Report on sanitation, dispensaries, and jails in Rajputana for 1911, and on vaccination for the year 1911-1912 - 1911-1912
Year: 1911
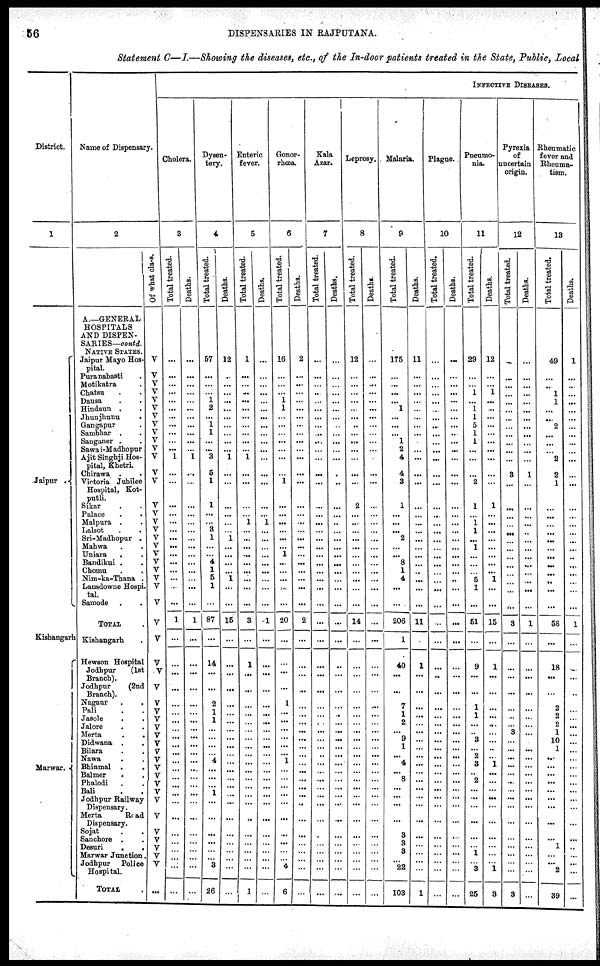
56
DISPENSARIES IN RAJPUTANA.
Statement C—I.—Showing the diseases, etc., of the In-door patients treated in the State, Public, Local
District.
1
Jaipur .
Kishangarh
Marwar.
Name of Dispensary.
2
A.—GENERAL
HOSPITALS
AND DISPEN¬
SARIES—contd.
NATIVE STATES.
Jaipur Mayo Hos-
pital.
Puranabasti .
Motikatra .
Chatsu . .
Dausa . .
Hindaun . .
Jhunjhunu .
Gangapur .
Sambhar .
.
Sanganer . .
Sawai-Madhopur
Ajit Singhji Hos-
pital, Khetri.
Chirawa . .
Victoria Jubilee
Hospital, Kot¬
putli.
Sikar . .
Palace
.
.
Malpura . .
Lalsot . .
Sri-Madhopur .
Mahwa . .
Uniara
. .
Bandikui . .
Chomu . .
Nim-ka-Thana .
Lansdowne Hospi¬
tal.
Samode .
TOTAL .
Kishangarh .
Hewson Hospital
Jodhpur
(1st
Branch).
Jodhpur
(2nd
Branch).
Nagaur . .
Pali . .
Jasole . .
Jalore
Merta
.
.
Didwana . .
Bilara
Nawa . .
Bhinmal .
.
Balmer
.
.
Phalodi . .
Bali . .
Jodhpur Railway
Dispensary.
Merta
Road
Dispensary.
Sojat
.
.
Sanchore . .
Desuri . .
Marwar Junction.
Jodhpur Police
Hospital.
TOTAL .
Of what class.
V
V
V
V
V
V
V
V
V
V
V
V
V
V
V
V
V
V
V
V
V
V
V
V
V
V
V
V
V
V
V
V
V
V
V
V
V
V
V
V
V
V
V
V
V
V
V
V
V
V
...
INFECTIVE DISEASES.
Cholera.
3
Total treated.
...
...
...
...
...
...
...
...
...
...
...
1
...
...
...
...
...
...
...
...
...
...
...
...
...
...
1
...
...
...
...
...
...
...
...
...
...
...
...
...
...
...
...
...
...
...
...
...
...
...
...
Deaths.
...
...
...
...
...
...
...
...
...
...
...
1
...
...
...
...
...
...
...
...
...
...
...
...
...
...
1
...
...
...
...
...
...
...
...
...
...
...
...
...
...
...
...
...
...
...
...
...
...
...
...
Dysen-
tery.
4
Total treated.
57
...
...
...
1
2
...
1
1
...
...
3
5
1
1
...
...
3
1
...
...
4
1
5
1
...
87
...
14
...
...
2
1
1
...
...
...
...
4
...
...
...
1
...
...
...
...
...
...
3
26
Deaths.
12
..
...
...
...
...
...
...
...
...
...
1
...
...
...
...
...
...
1
...
...
...
...
1
...
...
15
...
...
...
...
...
...
...
...
...
...
...
...
...
...
...
...
...
...
...
...
...
...
...
...
Enteric
fever.
5
Tot al treated.
1
...
...
...
...
...
...
...
...
...
...
1
...
...
...
... 1
...
...
...
...
...
...
...
...
...
3
...
1
...
...
...
...
...
...
...
...
...
...
...
...
...
...
...
...
...
...
...
...
...
1
Deaths.
...
...
...
...
...
...
...
...
...
...
...
...
...
...
...
...
1
...
...
...
...
...
...
...
...
...
1
...
...
...
...
...
...
...
...
...
...
...
...
...
...
...
...
...
...
...
...
...
...
...
...
Gonor-
rhœa.
6
Total treated.
16
...
...
...
1
1
...
...
...
...
...
...
...
1
...
...
...
...
...
...
1
...
...
...
...
...
20
...
...
...
...
1
...
...
...
...
...
...
1
...
...
...
...
...
...
...
...
...
...
4
6
Deaths.
2
...
...
...
...
...
...
...
...
...
...
...
...
...
...
...
...
...
...
...
...
...
...
...
...
...
2
...
...
...
...
...
...
...
...
...
...
...
...
...
...
...
...
...
...
...
...
...
...
...
...
Kala
Azar.
7
Total treated.
...
...
...
...
...
...
...
...
...
...
...
...
...
...
...
...
...
...
...
...
...
...
...
...
...
...
...
...
...
...
...
...
...
...
...
...
...
...
...
...
...
...
...
...
...
...
...
...
...
...
...
Deaths.
...
...
...
...
...
...
...
...
...
...
...
...
...
...
...
...
...
...
...
...
...
...
...
...
...
...
...
...
...
...
...
...
...
...
...
...
...
...
...
...
...
...
...
...
...
...
...
...
...
...
...
Leprosy.
8
Total treated.
12
...
...
...
...
...
...
...
...
...
...
...
...
...
2
...
...
...
...
...
...
...
...
...
...
...
14
...
...
...
...
...
...
...
...
...
...
...
...
...
...
...
...
...
...
...
...
...
...
...
...
Deaths.
...
...
...
...
...
...
...
...
...
...
...
...
...
...
...
...
...
...
...
...
...
...
...
...
...
...
...
...
...
...
...
...
...
...
...
...
...
...
...
...
...
...
...
...
...
...
...
...
...
...
...
Malaria.
9
Total treated.
175
...
...
...
...
1
...
...
...
1
2
4
4
3
1
...
...
...
2
...
...
8
1
4
...
...
206
1
40
...
...
7
1
2
...
9
1
...
4
...
8
...
...
...
...
3
3
3
...
22
103
Deaths.
11
...
...
...
...
...
...
...
...
...
...
...
...
...
...
...
...
...
...
...
...
...
...
...
...
...
11
...
1
...
...
...
...
...
...
...
...
...
...
...
...
...
...
...
...
...
...
...
...
...
1
Plague.
10
Total treated.
...
...
...
...
...
...
...
...
...
...
...
...
...
...
...
...
...
...
...
...
...
...
...
...
...
...
...
...
...
...
...
...
...
...
...
...
...
...
...
...
...
...
...
...
...
...
...
...
...
...
...
Deaths.
...
...
...
...
...
...
...
...
...
...
...
...
...
...
...
...
...
...
...
...
...
...
...
...
...
...
...
...
...
...
...
...
...
...
...
...
...
...
...
...
...
...
...
...
...
...
...
...
...
...
...
Pneumo-
nia.
11
Total treated.
29
...
...
1
...
1
1
5
1
1
...
...
...
2
1
...
1
1
... 1
...
...
...
5
1
...
51
...
9
...
...
1
1
...
...
3
...
2
3
...
2
...
...
...
...
...
...
1
...
3
25
Deaths.
12
...
...
1
...
...
...
...
...
...
...
...
...
...
1
...
...
...
...
...
...
...
...
1
...
...
15
...
1
...
...
...
...
...
...
...
...
...
1
...
...
...
...
...
...
...
...
...
...
1
3
Pyrexia
of
uncertain
origin.
12
Total treated.
...
...
...
...
...
...
...
...
...
...
...
...
3
...
...
...
...
...
...
...
...
...
...
...
...
...
3
...
...
...
...
...
...
...
3
...
...
...
...
...
...
...
...
...
...
...
...
...
...
...
3
Deaths.
...
...
...
...
...
...
...
...
...
...
...
...
1
...
...
...
...
...
...
...
...
...
...
...
...
...
1
...
...
...
...
...
...
...
...
...
...
...
...
...
...
...
...
...
...
...
...
...
...
...
...
Rheumatic
fever and
Rheuma-
tism.
13
Total treated.
49
...
...
1
1
...
...
2
...
...
...
2
2
1
...
...
...
...
...
...
...
...
...
...
...
...
58
...
18
...
...
2
2 2
1
10
1
...
...
...
...
...
...
...
...
...
1
...
...
2
39
Deaths.
1
...
...
...
...
...
...
...
...
...
...
...
...
...
...
...
...
...
...
...
...
...
...
...
...
...
1
...
...
...
...
...
...
...
...
...
...
...
...
...
...
...
...
...
...
...
...
...
...
...
...